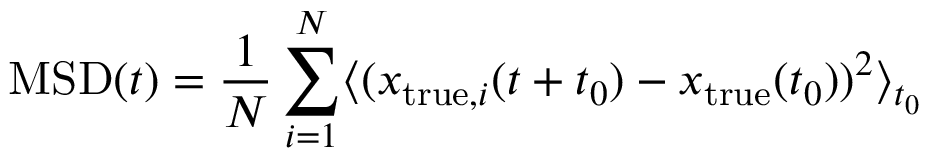
\mathrm { M S D } ( t ) = \frac { 1 } { N } \sum _ { i = 1 } ^ { N } \langle ( x _ { \mathrm { t r u e } , i } ( t + t _ { 0 } ) - x _ { \mathrm { t r u e } } ( t _ { 0 } ) ) ^ { 2 } \rangle _ { t _ { 0 } }